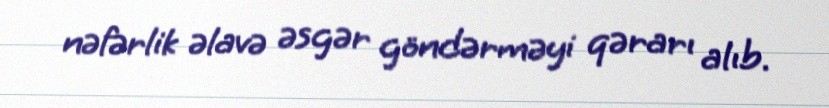
nəfərlik əlavə əsgər göndərməyi qərarı alıb.